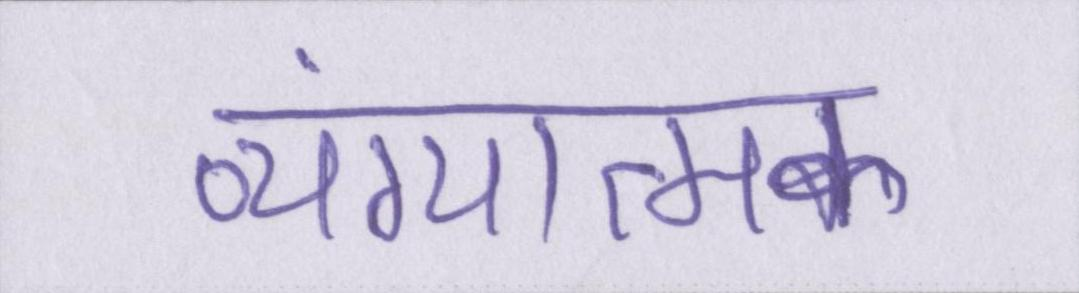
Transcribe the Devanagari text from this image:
व्यंग्यात्मक